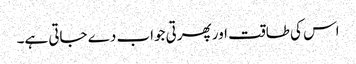
اس کی طاقت اور پھرتی جواب دے جاتی ہے۔